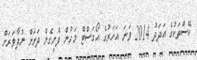
ކޭސްތަކުގެ އަދަދު 2014 ވަނަ އަހަރުގެ އޯގަސްޓް މަހުން ފެށިގެން ދަށަށް ނުދާވަރަށް